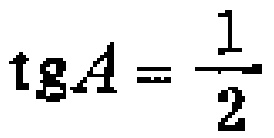
\(\operatorname{tg}A = \frac{1}{2}\)